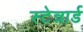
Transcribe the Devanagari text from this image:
स्टेन्नार्ड